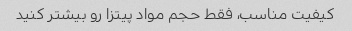
کیفیت مناسب، فقط حجم مواد پیتزا رو بیشتر کنید